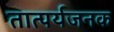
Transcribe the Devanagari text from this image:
तात्पर्यजनक